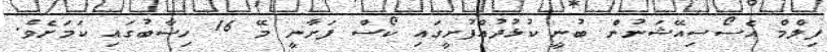
ފިލްމް އެސޯސިއޭޝަނުން ބުނީ ކުޅުދުއްފުށީގައި ކޯސް ފަށާނީ މޭ 16 ހިސާބުގައި ކަމަށެވެ.